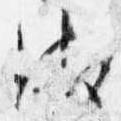
御